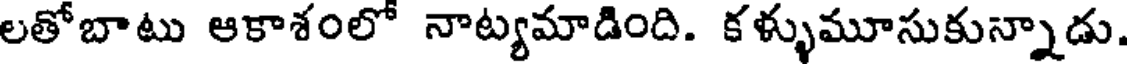
లతోబాటు ఆకాశంలో నాట్యమాడింది. కళ్ళుమూసుకున్నాడు.